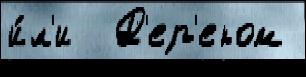
и́л'и  Д'ер'еком